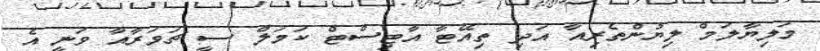
މަލިޔާލަމް ލިޔުންތެރިއާ އަދި ތިއޭޓާ އާޓިސްޓް ކަމަލް ސީ ޗަވަރާއާ ވަނީ އެ